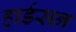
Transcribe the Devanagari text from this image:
हार्डसन